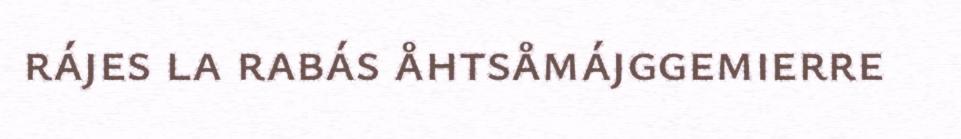
rájes la rabás åhtsåmájggemierre